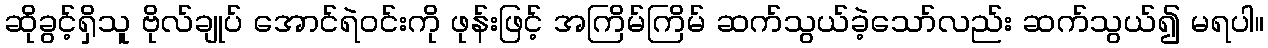
ဆိုခွင့်ရှိသူ ဗိုလ်ချုပ် အောင်ရဲဝင်းကို ဖုန်းဖြင့် အကြိမ်ကြိမ် ဆက်သွယ်ခဲ့သော်လည်း ဆက်သွယ်၍ မရပါ။